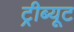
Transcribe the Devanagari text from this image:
ट्रीब्यूट